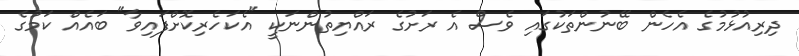
ދިރިިއުޅުމުގެ އެހެން ބޭނުންތަކުގައި ވެސް އެ ރަށުގެ ރައްޔިތުންނަކީ "އެކަހެރިކޮށްފައިވާ" ބައެއް ކަމުގެ